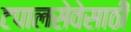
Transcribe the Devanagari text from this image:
टपालसेवेसाठी